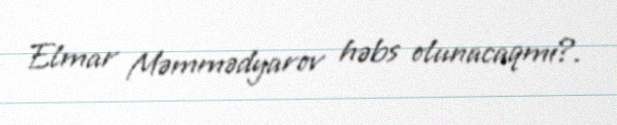
Elmar Məmmədyarov həbs olunacaqmı?.